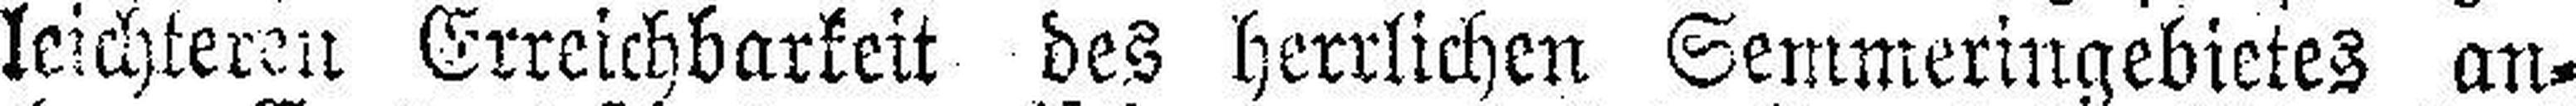
leichteren Erreichbarkeit des herrlichen Semmeringebietes an¬